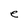
Character: e